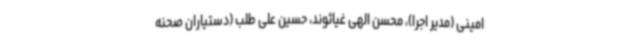
امینی (مدیر اجرا)، محسن الهی غیاثوند، حسین علی طلب (دستیاران صحنه